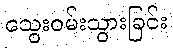
သွေးဝမ်းသွားခြင်း